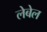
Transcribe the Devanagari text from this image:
लेबेल